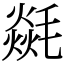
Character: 㲭